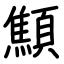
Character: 顦